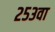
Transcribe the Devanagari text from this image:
२५३वा